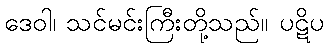
ဒေဝါ၊ သင်မင်းကြီးတို့သည်။ ပဋိပ